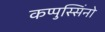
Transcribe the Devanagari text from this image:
कप्पुस्सिंनो